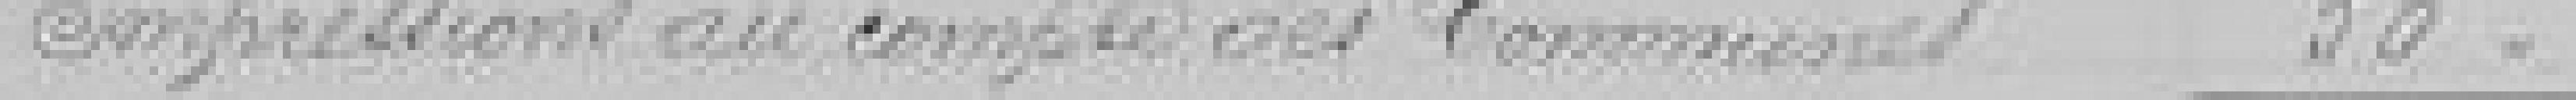
Impressions au compte des communes   50